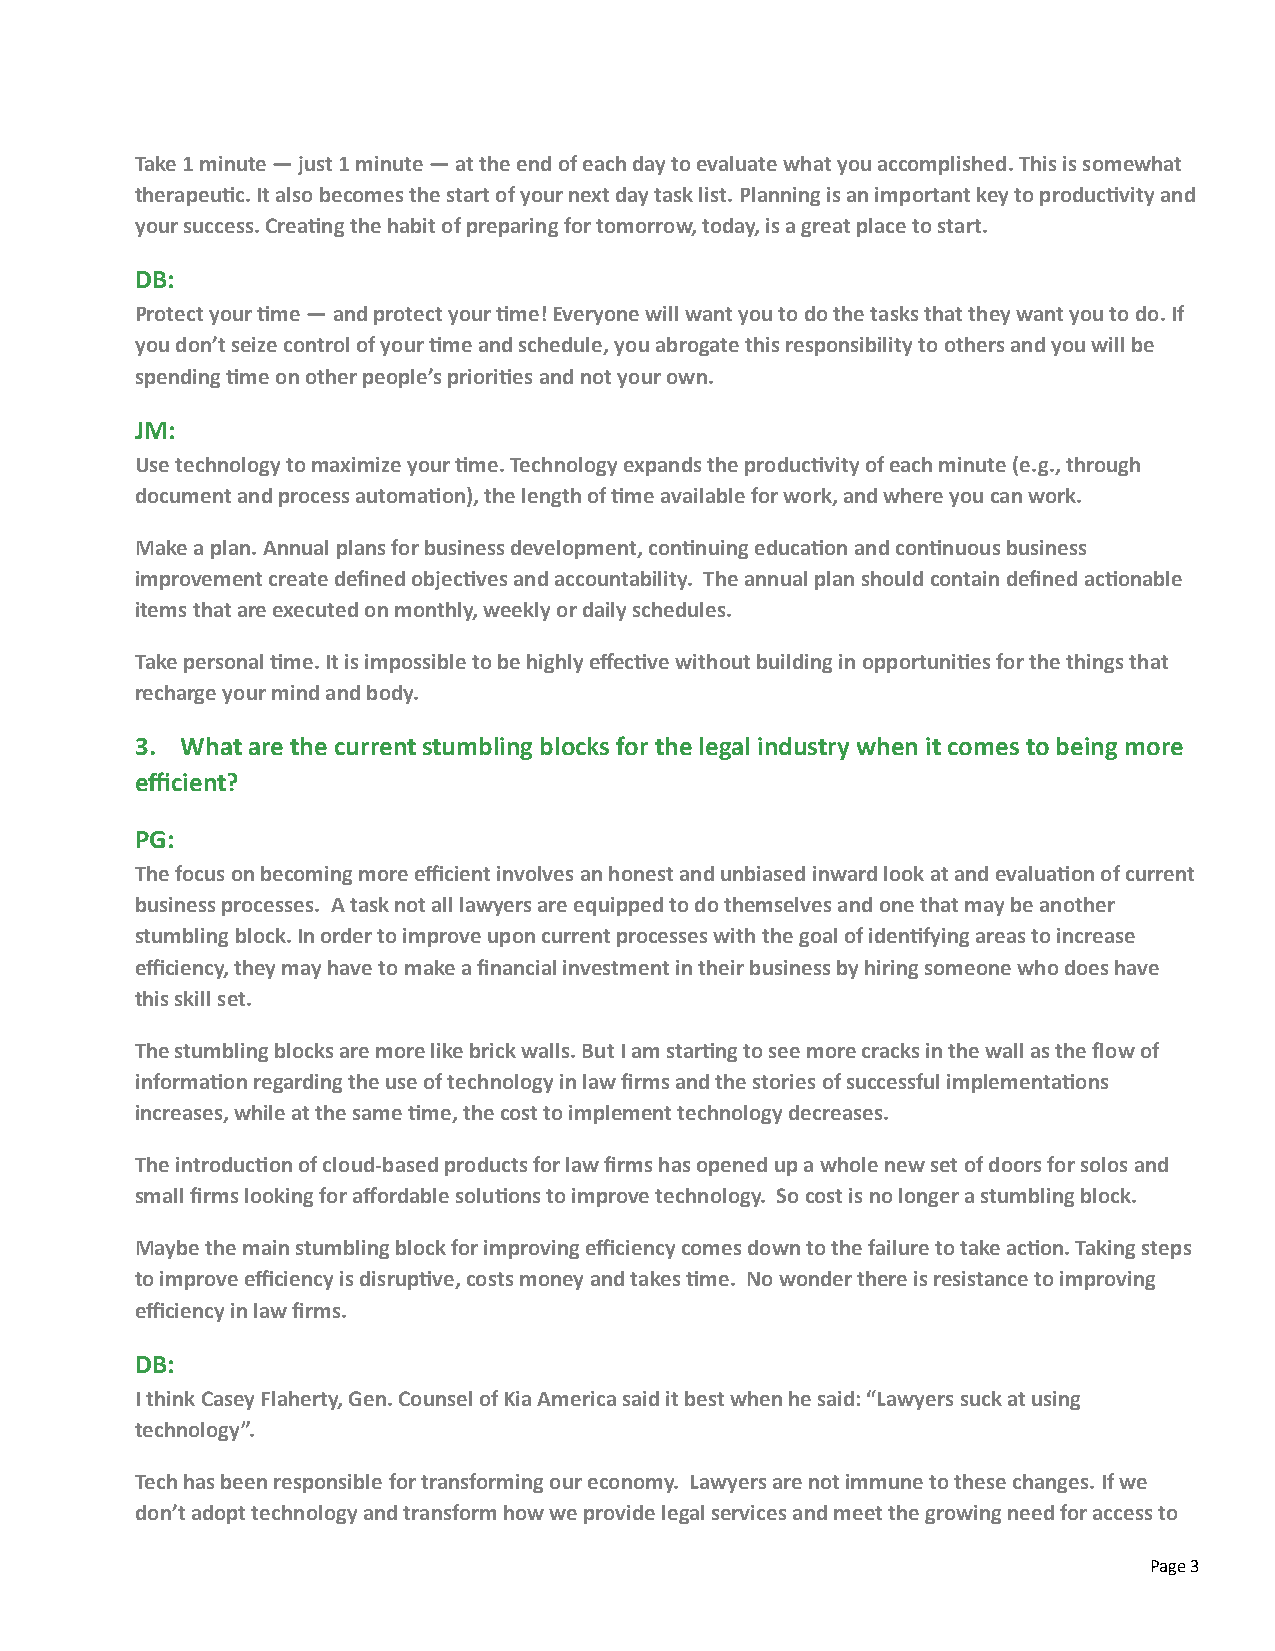
Take 1 minute — just 1 minute — at the end of each day to evaluate what you accomplished. This is somewhat
 therapeuNc. It also becomes the start of your next day task list. Planning is an important key to producNvity and
 your success. CreaNng the habit of preparing for tomorrow, today, is a great place to start.
 DB:
 Protect your Nme — and protect your Nme! Everyone will want you to do the tasks that they want you to do. If
 you don’t seize control of your Nme and schedule, you abrogate this responsibility to others and you will be
 spending Nme on other people’s prioriNes and not your own.
 JM:
 Use technology to maximize your Nme. Technology expands the producNvity of each minute (e.g., through
 document and process automaNon), the length of Nme available for work, and where you can work.
 Make a plan. Annual plans for business development, conNnuing educaNon and conNnuous business
 improvement create defined objecNves and accountability. The annual plan should contain defined acNonable
 items that are executed on monthly, weekly or daily schedules.
 Take personal Nme. It is impossible to be highly effecNve without building in opportuniNes for the things that
 recharge your mind and body.
 3. What are the current stumbling blocks for the legal industry when it comes to being more
 efficient?
 PG:
 The focus on becoming more efficient involves an honest and unbiased inward look at and evaluaNon of current
 business processes. A task not all lawyers are equipped to do themselves and one that may be another
 stumbling block. In order to improve upon current processes with the goal of idenNfying areas to increase
 efficiency, they may have to make a financial investment in their business by hiring someone who does have
 this skill set.
 The stumbling blocks are more like brick walls. But I am starNng to see more cracks in the wall as the flow of
 informaNon regarding the use of technology in law firms and the stories of successful implementaNons
 increases, while at the same Nme, the cost to implement technology decreases.
 The introducNon of cloud-­‐based products for law firms has opened up a whole new set of doors for solos and
 small firms looking for affordable soluNons to improve technology. So cost is no longer a stumbling block.
 Maybe the main stumbling block for improving efficiency comes down to the failure to take acNon. Taking steps
 to improve efficiency is disrupNve, costs money and takes Nme. No wonder there is resistance to improving
 efficiency in law firms.
 DB:
 I think Casey Flaherty, Gen. Counsel of Kia America said it best when he said: “Lawyers suck at using
 technology”.
 Tech has been responsible for transforming our economy. Lawyers are not immune to these changes. If we
 don’t adopt technology and transform how we provide legal services and meet the growing need for access to
 Page 3